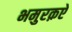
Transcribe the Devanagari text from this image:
भमुरक़ऐ